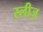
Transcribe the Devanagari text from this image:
स्लीज़